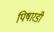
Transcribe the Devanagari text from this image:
पिषारडी